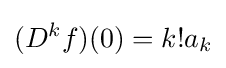
(D^{k}f)(0)=k!a_{k}